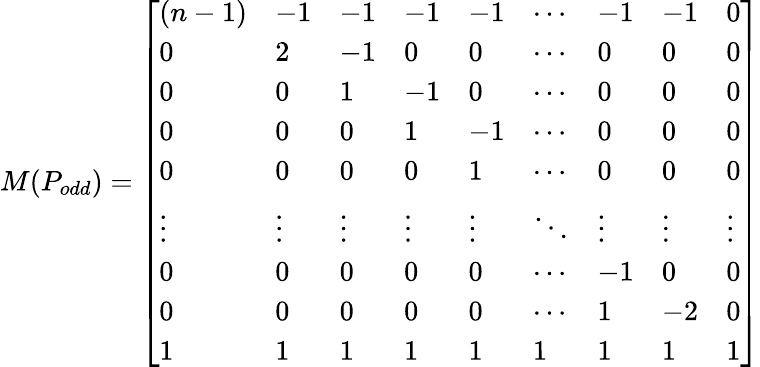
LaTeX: M(P_{odd})=\left[\begin{array}{lllllllll}{(n-1)}&{-1}&{-1}&{-1}&{-1}&{\cdots}&{-1}&{-1}&{0}\\ {0}&{2}&{-1}&{0}&{0}&{\cdots}&{0}&{0}&{0}\\ {0}&{0}&{1}&{-1}&{0}&{\cdots}&{0}&{0}&{0}\\ {0}&{0}&{0}&{1}&{-1}&{\cdots}&{0}&{0}&{0}\\ {0}&{0}&{0}&{0}&{1}&{\cdots}&{0}&{0}&{0}\\ {\vdots}&{\vdots}&{\vdots}&{\vdots}&{\vdots}&{\ddots}&{\vdots}&{\vdots}&{\vdots}\\ {0}&{0}&{0}&{0}&{0}&{\cdots}&{-1}&{0}&{0}\\ {0}&{0}&{0}&{0}&{0}&{\cdots}&{1}&{-2}&{0}\\ {1}&{1}&{1}&{1}&{1}&{1}&{1}&{1}&{1}\end{array}\right]